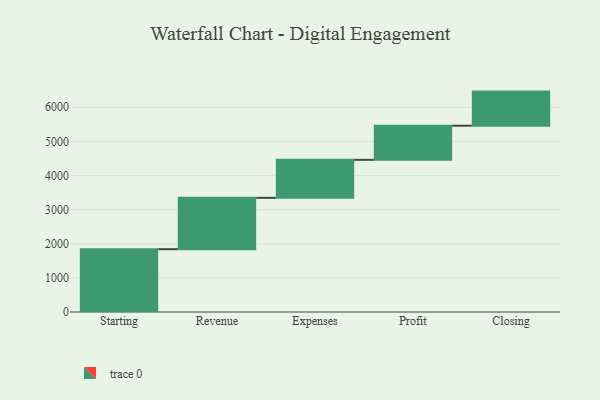
{"axis": {"x": "Step", "y": "Value"}, "legend": [""], "data": [{"x": "Starting", "y": 1841.0, "type": ""}, {"x": "Revenue", "y": 1505.0, "type": ""}, {"x": "Expenses", "y": 1114.0, "type": ""}, {"x": "Profit", "y": 1000, "type": ""}, {"x": "Closing", "y": 1000, "type": ""}]}